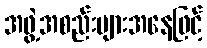
အဖွဲ့အစည်းများအနေဖြင့်